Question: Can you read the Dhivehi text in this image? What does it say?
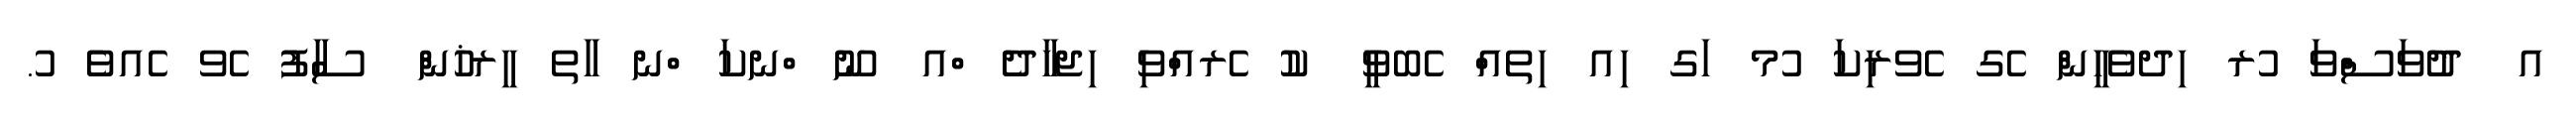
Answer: އ ދުވަސްވަ ުރ ިދވެހީން ެގ ެވރިކަ ުމ ަގ ިއ ިތއް ެބވީ ކު ެރއްވި ިޖހާދެ ްއ ނޫ ްނކަ ްނ ާތ ީރޚުން ސާފު ެވ ެއވެ ު.